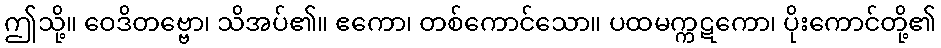
ဤသို့။ ဝေဒိတဗ္ဗော၊ သိအပ်၏။ ဧကော၊ တစ်ကောင်သော။ ပထမက္ကဋကော၊ ပိုးကောင်တို့၏